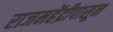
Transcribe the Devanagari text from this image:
राजमहेंद्रीपासून